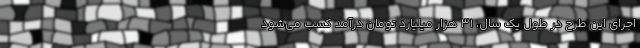
اجرای این طرح در طول یک سال، ۳۱ هزار میلیارد تومان درآمد کسب می‌شود